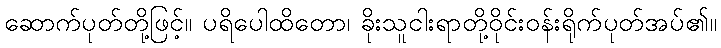
ဆောက်ပုတ်တို့ဖြင့်။ ပရိပေါထိတော၊ ခိုးသူငါးရာတို့ဝိုင်းဝန်းရိုက်ပုတ်အပ်၏။